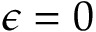
\epsilon = 0